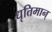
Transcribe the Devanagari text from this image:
धृतिमान्‌